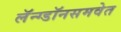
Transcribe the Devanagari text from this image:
लॅन्ग्डॉनसमवेत